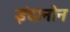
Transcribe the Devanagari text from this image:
इंदानोन